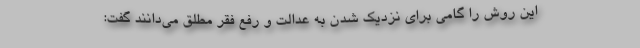
این روش را گامی برای نزدیک شدن به عدالت و رفع فقر مطلق می‌دانند گفت: